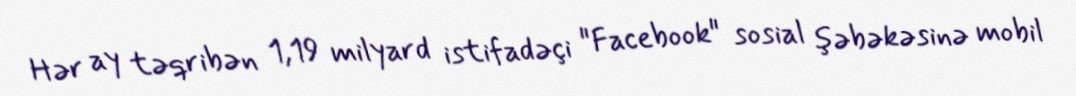
Hər ay təqribən 1,19 milyard istifadəçi "Facebook" sosial şəbəkəsinə mobil